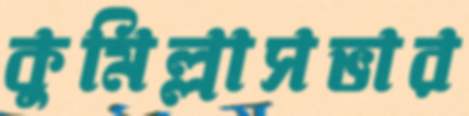
কুমিল্লাসভার